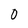
Character: O